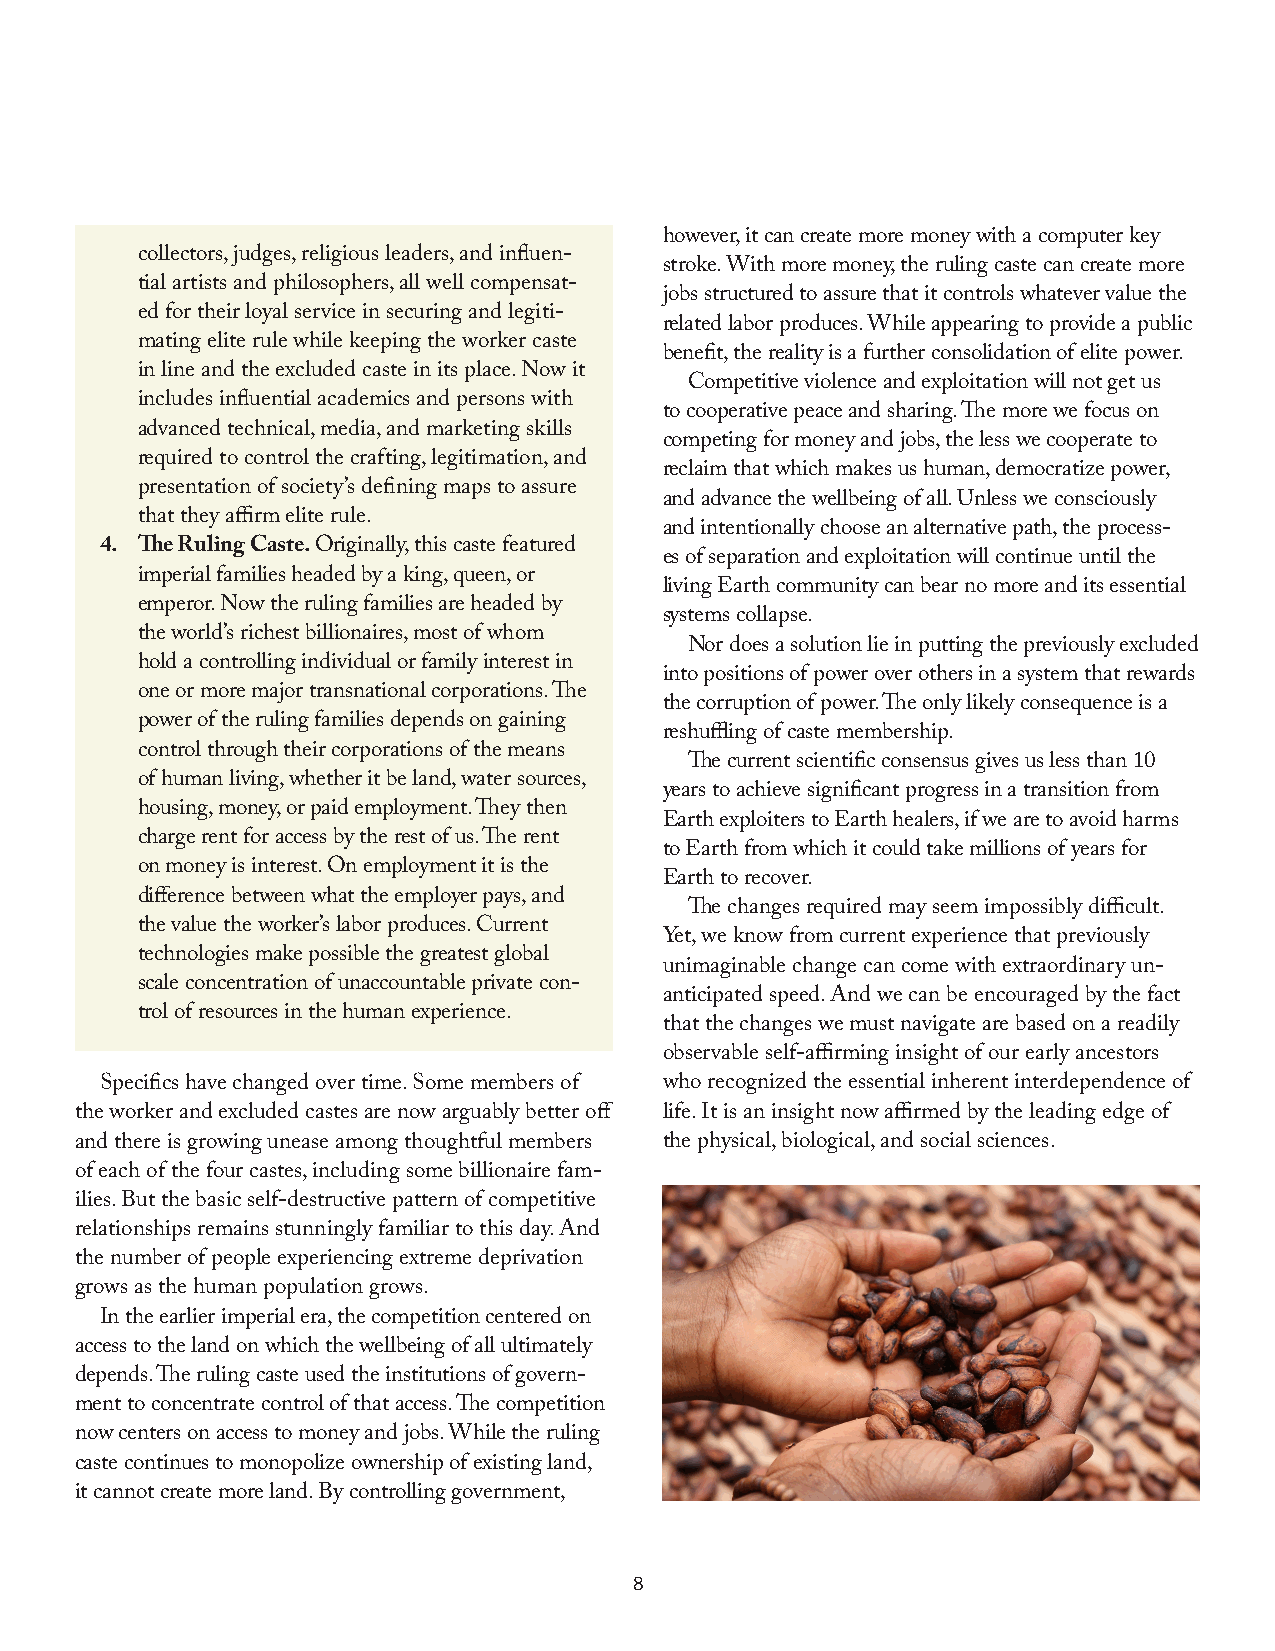
however, it can create more money with a computer key
 collectors, judges, religious leaders, and influen-
 stroke. With more money, the ruling caste can create more
 tial artists and philosophers, all well compensat-
 jobs structured to assure that it controls whatever value the
 ed for their loyal service in securing and legiti-
 related labor produces. While appearing to provide a public
 mating elite rule while keeping the worker caste
 benefit, the reality is a further consolidation of elite power.
 in line and the excluded caste in its place. Now it
 Competitive violence and exploitation will not get us
 includes influential academics and persons with
 to cooperative peace and sharing. The more we focus on
 advanced technical, media, and marketing skills
 competing for money and jobs, the less we cooperate to
 required to control the crafting, legitimation, and
 reclaim that which makes us human, democratize power,
 presentation of society’s defining maps to assure
 and advance the wellbeing of all. Unless we consciously
 that they affirm elite rule.
 and intentionally choose an alternative path, the process-
 4. The Ruling Caste. Originally, this caste featured
 es of separation and exploitation will continue until the
 imperial families headed by a king, queen, or
 living Earth community can bear no more and its essential
 emperor. Now the ruling families are headed by
 systems collapse.
 the world’s richest billionaires, most of whom
 Nor does a solution lie in putting the previously excluded
 hold a controlling individual or family interest in
 into positions of power over others in a system that rewards
 one or more major transnational corporations. The
 the corruption of power. The only likely consequence is a
 power of the ruling families depends on gaining
 reshuffling of caste membership.
 control through their corporations of the means
 The current scientific consensus gives us less than 10
 of human living, whether it be land, water sources,
 years to achieve significant progress in a transition from
 housing, money, or paid employment. They then
 Earth exploiters to Earth healers, if we are to avoid harms
 charge rent for access by the rest of us. The rent
 to Earth from which it could take millions of years for
 on money is interest. On employment it is the
 Earth to recover.
 difference between what the employer pays, and
 The changes required may seem impossibly difficult.
 the value the worker’s labor produces. Current
 Yet, we know from current experience that previously
 technologies make possible the greatest global
 unimaginable change can come with extraordinary un-
 scale concentration of unaccountable private con-
 anticipated speed. And we can be encouraged by the fact
 trol of resources in the human experience.
 that the changes we must navigate are based on a readily
 observable self-affirming insight of our early ancestors
 Specifics have changed over time. Some members of who recognized the essential inherent interdependence of
 the worker and excluded castes are now arguably better off life. It is an insight now affirmed by the leading edge of
 and there is growing unease among thoughtful members the physical, biological, and social sciences.
 of each of the four castes, including some billionaire fam-
 ilies. But the basic self-destructive pattern of competitive
 relationships remains stunningly familiar to this day. And
 the number of people experiencing extreme deprivation
 grows as the human population grows.
 In the earlier imperial era, the competition centered on
 access to the land on which the wellbeing of all ultimately
 depends. The ruling caste used the institutions of govern-
 ment to concentrate control of that access. The competition
 now centers on access to money and jobs. While the ruling
 caste continues to monopolize ownership of existing land,
 it cannot create more land. By controlling government,
 8